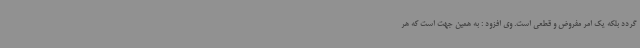
گردد بلکه یک امر مفروض و قطعی است. وی افزود : به همین جهت است که هر